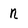
Character: n